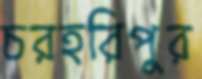
চরহরিপুর